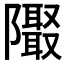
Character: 𱁁